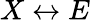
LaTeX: X\leftrightarrow E